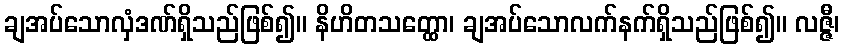
ချအပ်သောလှံဒဏ်ရှိသည်ဖြစ်၍။ နိဟိတသတ္ထော၊ ချအပ်သောလက်နက်ရှိသည်ဖြစ်၍။ လဇ္ဇီ၊